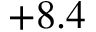
+ 8 . 4